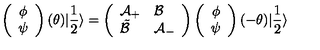
\left( \begin{array} { c } { \phi } \\ { \psi } \\ \end{array} \right) ( \theta ) | \frac { 1 } { 2 } \rangle = \left( \begin{array} { l l } { \mathcal { A } _ { + } } & { \mathcal { B } } \\ { \tilde { \mathcal { B } } } & { \mathcal { A } _ { - } } \\ \end{array} \right) \left( \begin{array} { c } { \phi } \\ { \psi } \\ \end{array} \right) ( - \theta ) | \frac { 1 } { 2 } \rangle